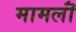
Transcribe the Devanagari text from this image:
मामलॊं